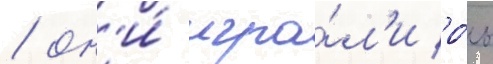
/ он'и́ игра́л'и ро́ль